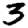
Digit: 3